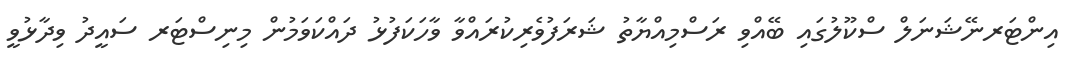
އިންޓަރނޭޝަނަލް ސްކޫލުގައި ބޭއްވި ރަސްމިއްޔާތު ޝަރަފުވެރިކުރައްވާ ވާހަކަފުޅު ދައްކަވަމުން މިނިސްޓަރ ސައީދު ވިދާޅުވީ